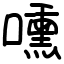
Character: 嚑